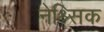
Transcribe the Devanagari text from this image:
नेश्र्सिक